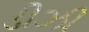
ડીઝી